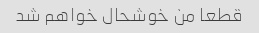
قطعا من خوشحال خواهم شد